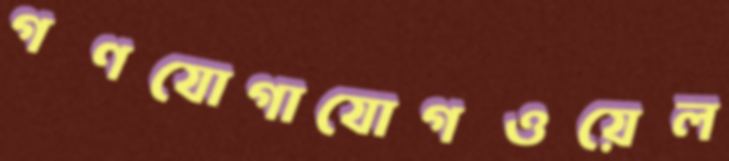
গণযোগাযোগওয়েল